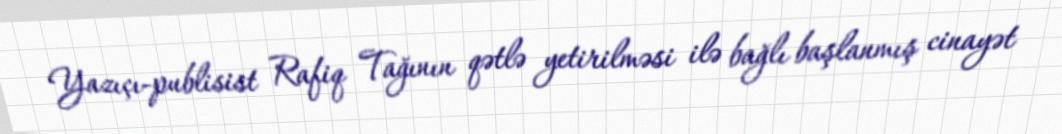
Yazıçı-publisist Rafiq Tağının qətlə yetirilməsi ilə bağlı başlanmış cinayət